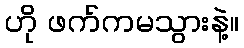
ဟို ဖက်ကမသွားနဲ့။